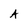
Character: A